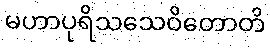
မဟာပုရိသသေဝိတောတိ